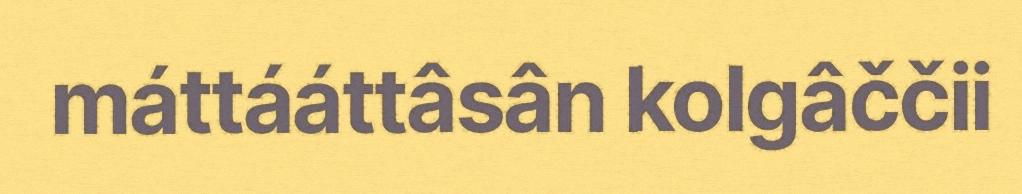
máttááttâsân kolgâččii